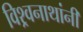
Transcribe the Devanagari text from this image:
विश्र्वनाथांनी